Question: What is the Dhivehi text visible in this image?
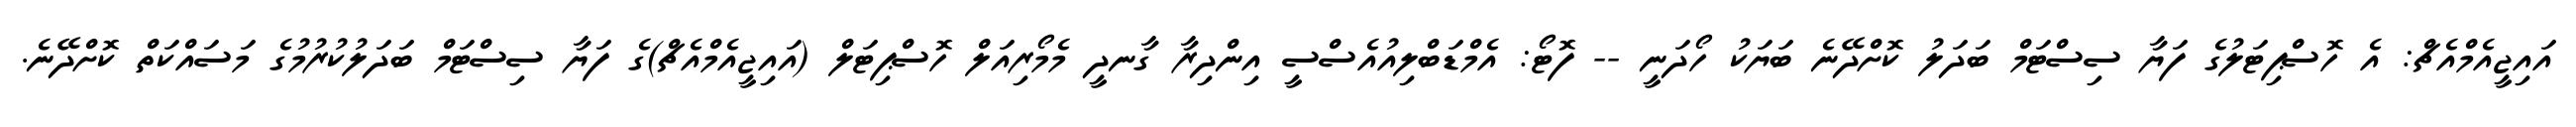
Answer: އައިޖީއެމްއެޗް: އެ ހޮސްޕިޓަލުގެ ފަޔާ ސިސްޓަމް ބަދަލު ކޮށްދޭނެ ބަޔަކު ހޯދަނީ -- ފޮޓޯ: އެމްޑަބްލިއުއެސްސީ އިންދިރާ ގާނދީ މެމޯރިއަލް ހޮސްޕިޓަލް (އައިޖީއެމްއެޗް)ގެ ފަޔާ ސިސްޓަމް ބަދަލުކުރުމުގެ މަސައްކަތް ކޮށްދޭނެ.